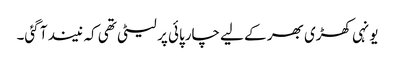
یونہی کھڑی بھر کے لیے چارپائی پر لیٹی تھی کہ نیند آ گئی۔